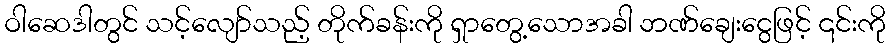
ဝါဆေဒါတွင် သင့်လျော်သည့် တိုက်ခန်းကို ရှာတွေ့သောအခါ ဘဏ်ချေးငွေဖြင့် ၎င်းကို